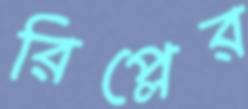
রিপ্লের